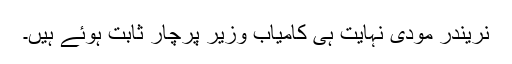
نریندر مودی نہایت ہی کامیاب وزیرِ پرچار ثابت ہوئے ہیں۔